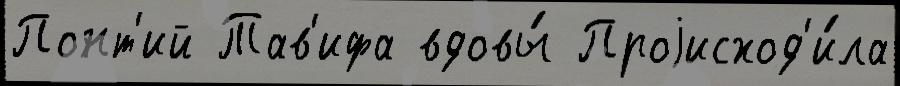
Понт'ий Тав'ифа вдовы́ Проjисход'и́ла